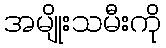
အမျိုးသမီးကို